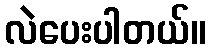
လဲပေးပါတယ်။